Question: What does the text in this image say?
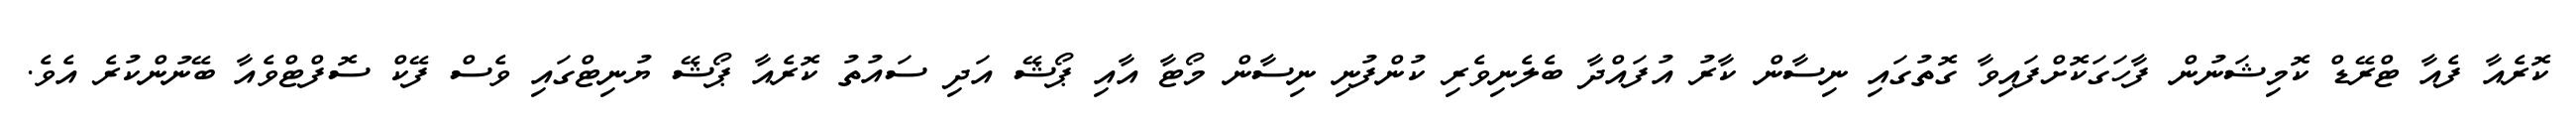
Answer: ކޮރެއާ ފެއާ ޓްރޭޑް ކޮމިޝަނުން ފާހަގަކޮށްފައިވާ ގޮތުގައި ނިސާން ކާރު އުފައްދާ ބެލެނިވެރި ކުންފުނި ނިސާން މޯޓާ އާއި ޕޯޝޭ އަދި ސައުތު ކޮރެއާ ޕޯޝޭ ޔުނިޓްގައި ވެސް ފޭކް ސޮފްޓްވެއާ ބޭނުންކުރެ އެވެ.